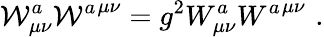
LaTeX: {{\cal W}_{\mu\nu}^{a}}{{\cal W}^{a}}^{\mu\nu}=g^{2}W_{\mu\nu}^{a}{{W^{a}}^{\mu\nu}}\, \, .